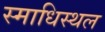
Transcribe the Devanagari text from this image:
स्माधिस्थल